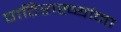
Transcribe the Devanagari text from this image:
पाठिराख्यांना